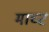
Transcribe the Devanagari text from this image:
माच्ट